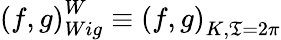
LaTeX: \left(f,g\right)_{Wig}^{W}\equiv\left(f,g\right)_{K,\mathfrak{T}=2\pi}